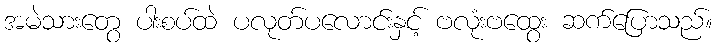
အမဲသားတွေ ပါးစပ်ထဲ ပလုတ်ပလောင်းနှင့် ဗလုံးဗထွေး ဆက်ပြောသည်။